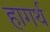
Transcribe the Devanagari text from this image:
हागर्थ